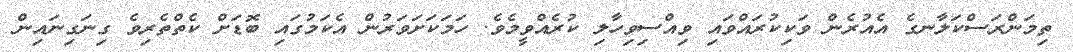
ތިމަންރަސްކަލާނގެ އެއުރެން ވަކިކުރައްވައި ވިއްސިވިހާލި ކުރެއްވީމެވެ. ހަމަކަށަވަރުން އެކަމުގައި ބޮޑަށް ކެތްތެރިވެ ގިނަގިނައިން